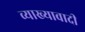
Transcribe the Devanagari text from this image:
व्याख्यावादी